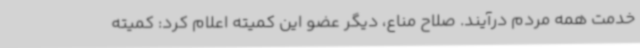
خدمت همه مردم درآیند. صلاح مناع، دیگر عضو این کمیته اعلام کرد: کمیته